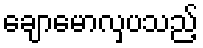
ချောမောလှပသည့်